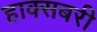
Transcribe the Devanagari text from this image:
हाक्सबरी